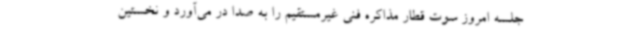
جلسه امروز سوت قطار مذاکره فنی غیرمستقیم را به صدا در می‌آورد و نخستین